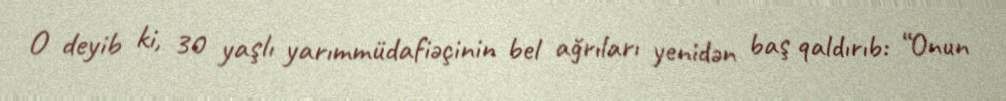
O deyib ki, 30 yaşlı yarımmüdafiəçinin bel ağrıları yenidən baş qaldırıb: “Onun